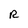
Character: R